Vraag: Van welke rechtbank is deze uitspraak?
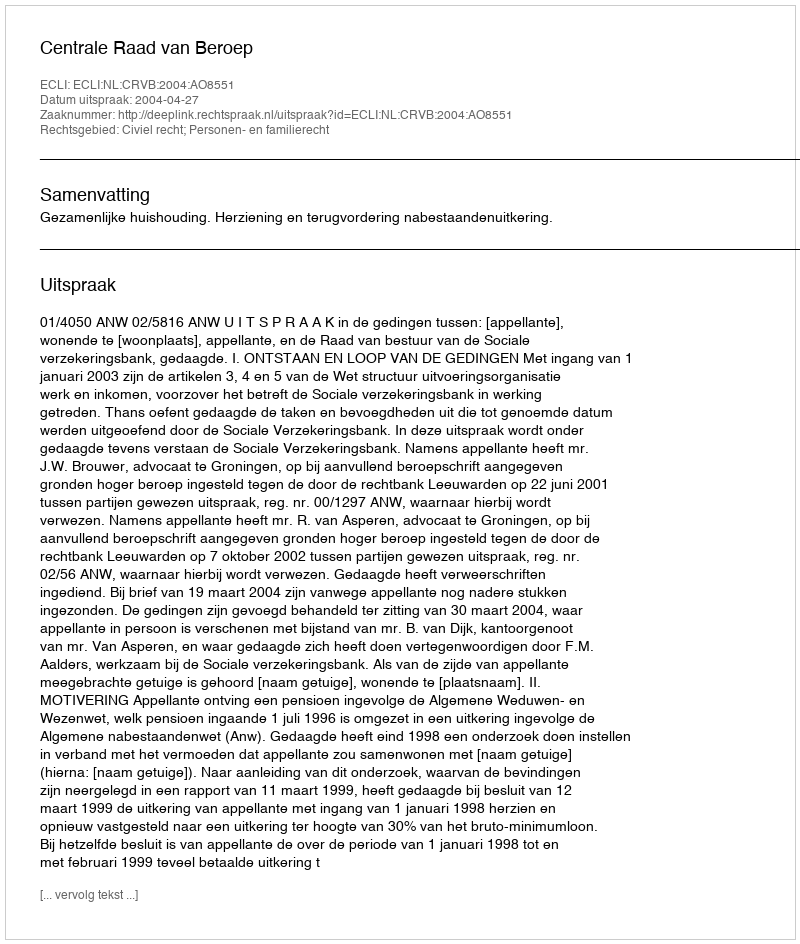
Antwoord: Centrale Raad van Beroep